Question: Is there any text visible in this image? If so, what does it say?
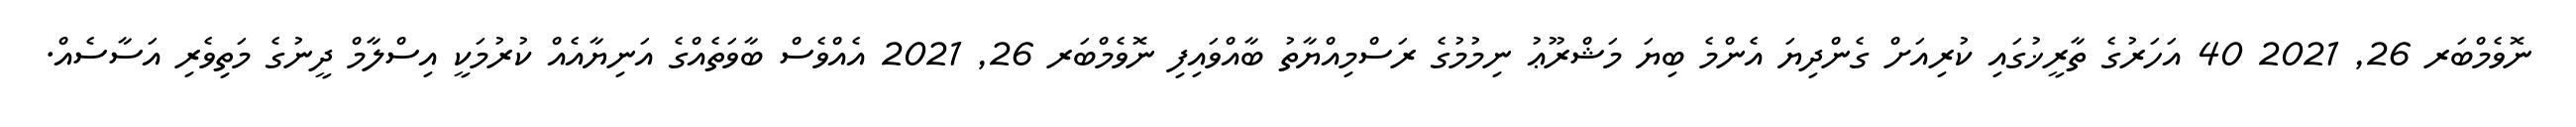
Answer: ނޮވެމްބަރ 26, 2021 40 އަހަރުގެ ތާރީޚުގައި ކުރިއަށް ގެންދިޔަ އެންމެ ބިޔަ މަޝްރޫޢު ނިމުމުގެ ރަސްމިއްޔާތު ބާއްވައިފި ނޮވެމްބަރ 26, 2021 އެއްވެސް ބާވަތެއްގެ އަނިޔާއެއް ކުރުމަކީ އިސްލާމް ދީނުގެ މަތިވެރި އަސާސެއް.